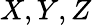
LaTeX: X,Y,Z